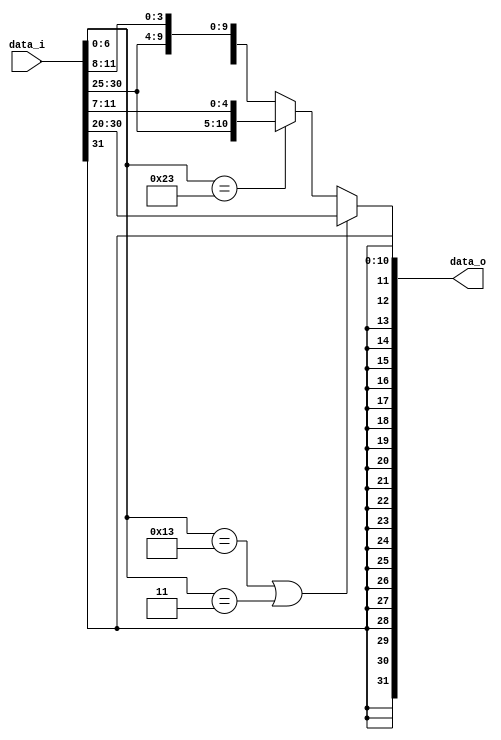
module Immgen(
	data_i,
	data_o
);
input  [31:0] data_i;
output [31:0] data_o;

assign data_o = (data_i[6:0] == 7'b0010011 || data_i[6:0] == 7'b0000011)?
    {{20{data_i[31]}} , data_i[31:20]} :
		 (data_i[6:0] == 7'b0100011)?  
         {{20{data_i[31]}},data_i[31:25],data_i[11:7]} :
		{ {20{data_i[31]}},data_i[31],data_i[7],data_i[30:25],data_i[11:8]};

endmodule